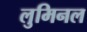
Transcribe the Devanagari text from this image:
लुमिनल